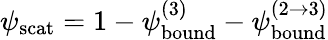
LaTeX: \psi_{\mathrm{scat}}=1-\psi_{\mathrm{bound}}^{(3)}-\psi_{\mathrm{bound}}^{(2\rightarrow 3)}